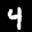
Label: 4